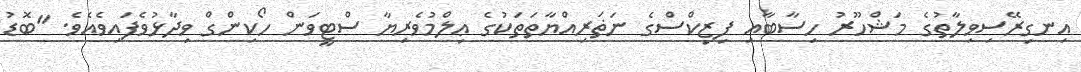
އިނގިރޭސިވިލާތުގެ މަޝްހޫރު ހިސާބާއި ފިޒިކްސްގެ ނަޡަރިއްޔާތަތަކުގެ ޢިލްމުވެރިޔާ ސްޓީވަން ހޯކިންގް ވިދާޅުވެފައިވެއެވެ. "ބޮޑު